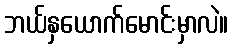
ဘယ်နှယောက်မောင်းမှာလဲ။